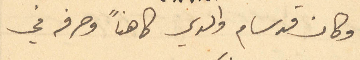
وكان قد سام والدي كاهناً وصرفه في